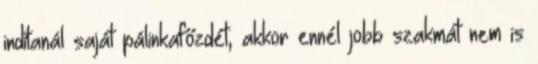
indítanál saját pálinkafőzdét, akkor ennél jobb szakmát nem is